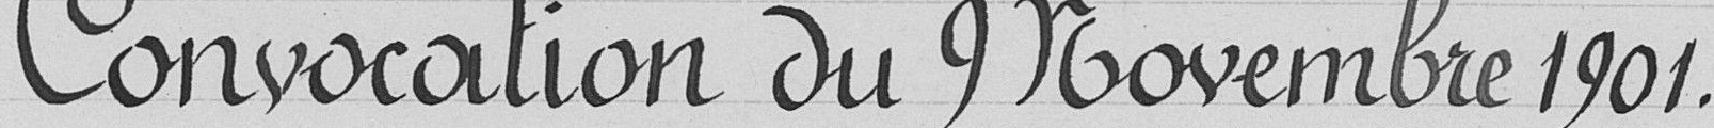
Convocation du 9 Novembre 1901